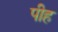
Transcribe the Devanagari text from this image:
पीह